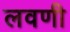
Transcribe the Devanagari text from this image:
लवणी